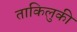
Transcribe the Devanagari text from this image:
ताकिलुकी